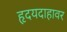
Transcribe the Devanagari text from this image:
हृदयदाहावर